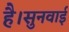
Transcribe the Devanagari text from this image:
है।सुनवाई